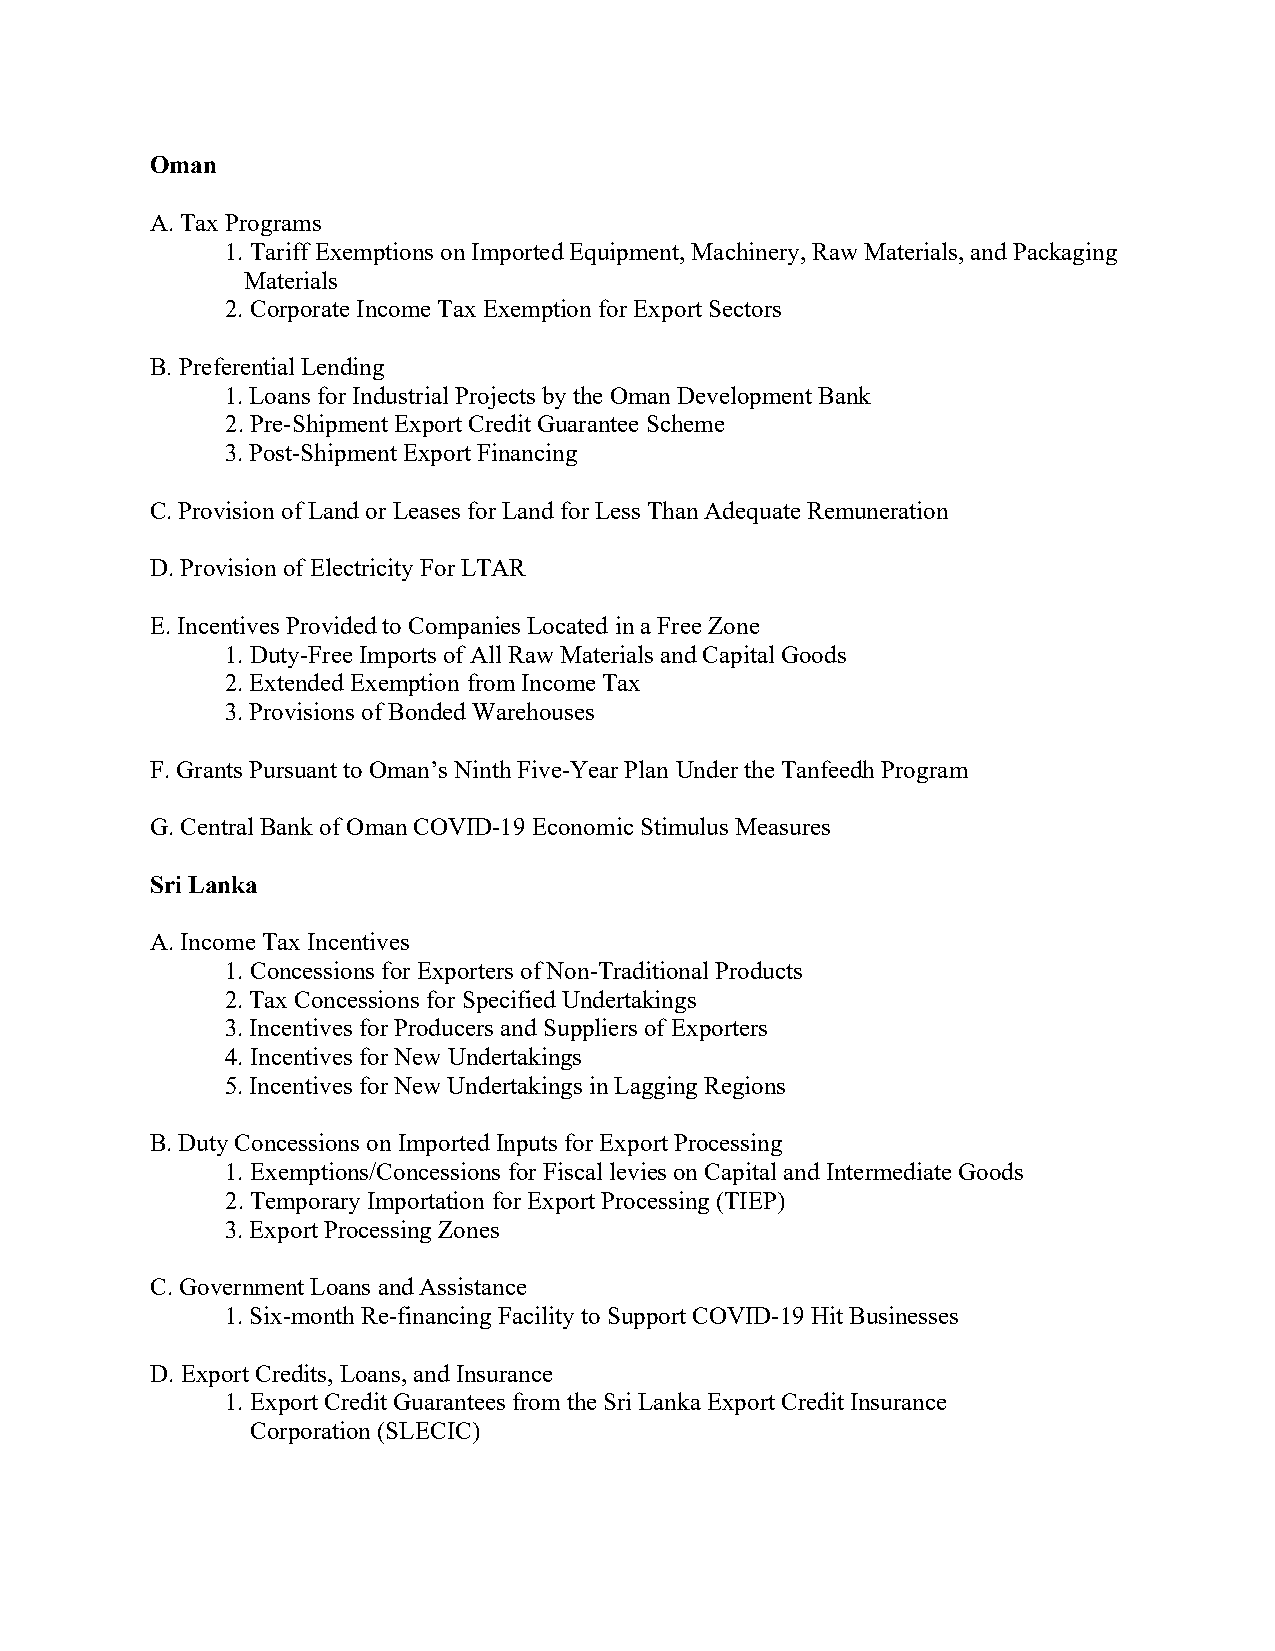
Oman
 A. Tax Programs
 1. Tariff Exemptions on Imported Equipment, Machinery, Raw Materials, and Packaging
 Materials
 2. Corporate Income Tax Exemption for Export Sectors
 B. Preferential Lending
 1. Loans for Industrial Projects by the Oman Development Bank
 2. Pre-Shipment Export Credit Guarantee Scheme
 3. Post-Shipment Export Financing
 C. Provision of Land or Leases for Land for Less Than Adequate Remuneration
 D. Provision of Electricity For LTAR
 E. Incentives Provided to Companies Located in a Free Zone
 1. Duty-Free Imports of All Raw Materials and Capital Goods
 2. Extended Exemption from Income Tax
 3. Provisions of Bonded Warehouses
 F. Grants Pursuant to Oman’s Ninth Five-Year Plan Under the Tanfeedh Program
 G. Central Bank of Oman COVID-19 Economic Stimulus Measures
 Sri Lanka
 A. Income Tax Incentives
 1. Concessions for Exporters of Non-Traditional Products
 2. Tax Concessions for Specified Undertakings
 3. Incentives for Producers and Suppliers of Exporters
 4. Incentives for New Undertakings
 5. Incentives for New Undertakings in Lagging Regions
 B. Duty Concessions on Imported Inputs for Export Processing
 1. Exemptions/Concessions for Fiscal levies on Capital and Intermediate Goods
 2. Temporary Importation for Export Processing (TIEP)
 3. Export Processing Zones
 C. Government Loans and Assistance
 1. Six-month Re-financing Facility to Support COVID-19 Hit Businesses
 D. Export Credits, Loans, and Insurance
 1. Export Credit Guarantees from the Sri Lanka Export Credit Insurance
 Corporation (SLECIC)